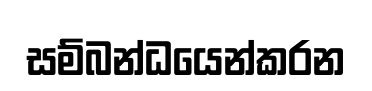
සම්බන්ධයෙන්කරන